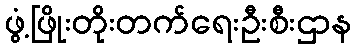
ဖွံ့ဖြိုးတိုးတက်ရေးဦးစီးဌာန